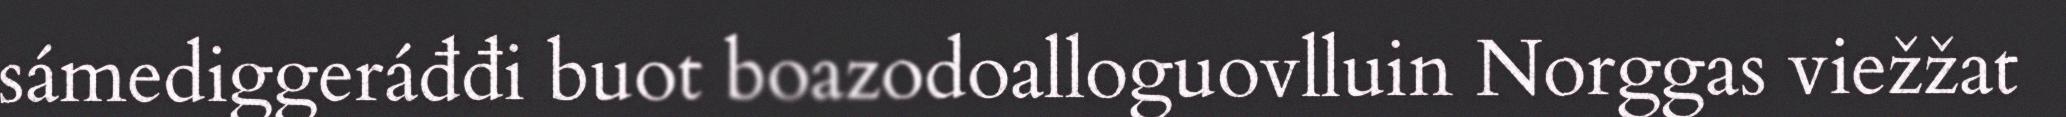
sámediggeráđđi buot boazodoalloguovlluin Norggas viežžat